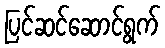
ပြင်ဆင်ဆောင်ရွက်